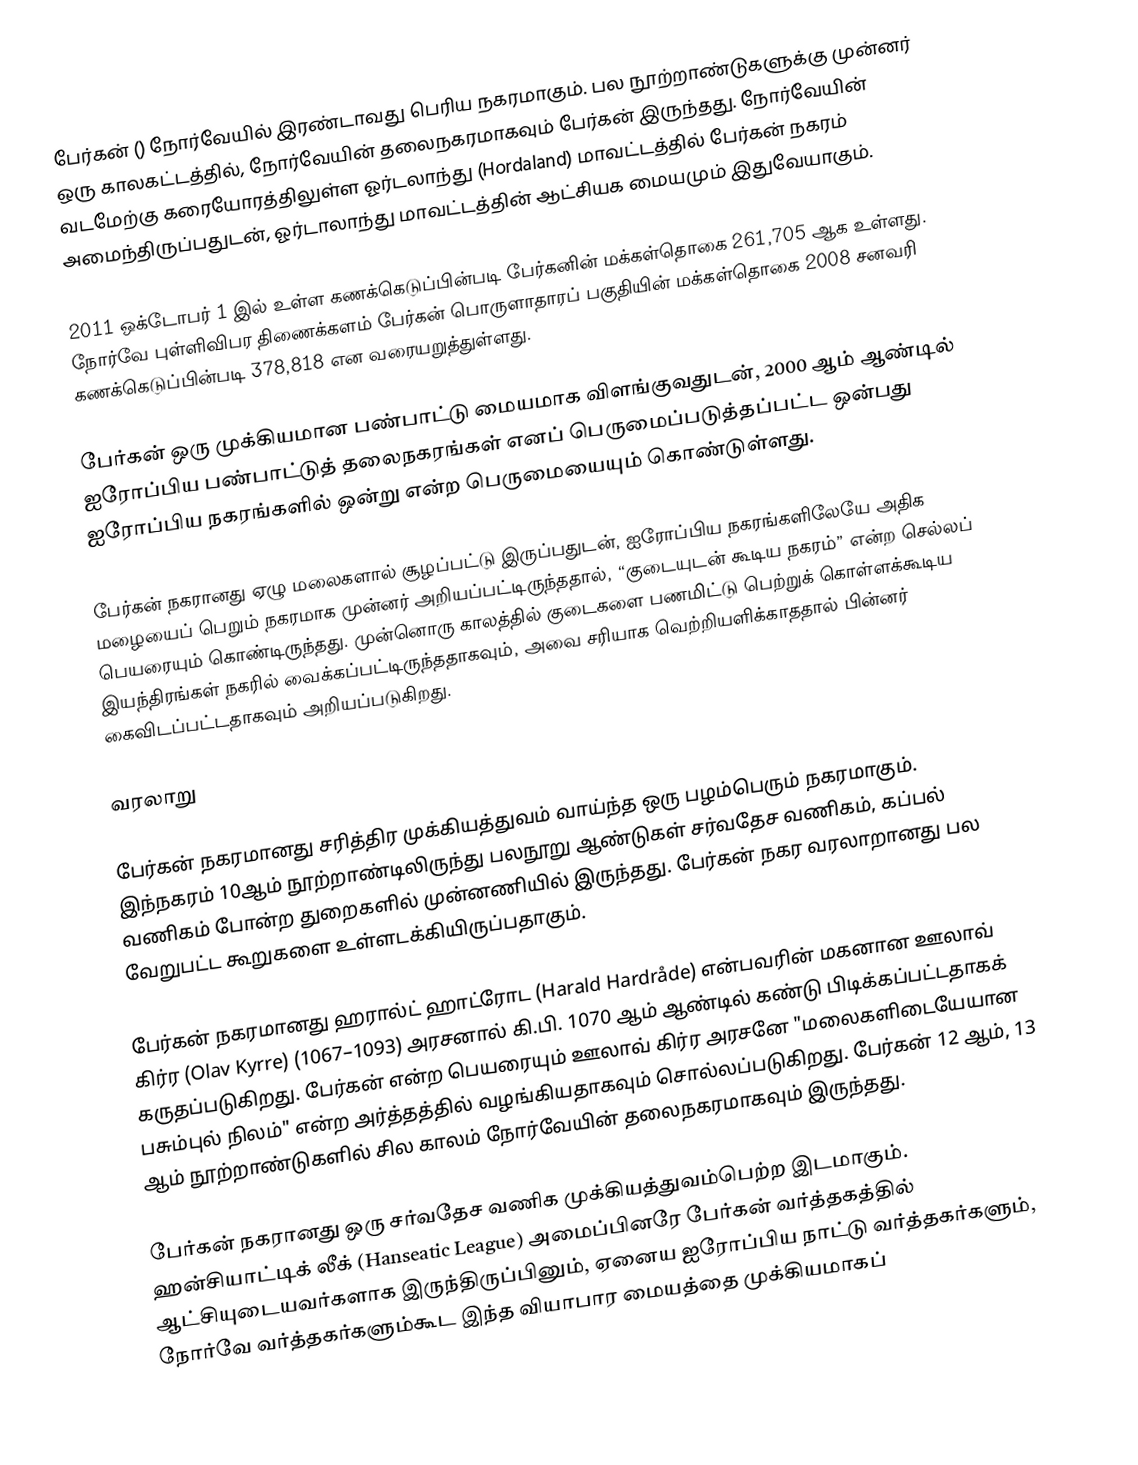
பேர்கன் () நோர்வேயில் இரண்டாவது பெரிய நகரமாகும். பல நூற்றாண்டுகளுக்கு முன்னர் ஒரு காலகட்டத்தில், நோர்வேயின் தலைநகரமாகவும் பேர்கன் இருந்தது. நோர்வேயின் வடமேற்கு கரையோரத்திலுள்ள ஓர்டலாந்து (Hordaland) மாவட்டத்தில் பேர்கன் நகரம் அமைந்திருப்பதுடன், ஓர்டாலாந்து மாவட்டத்தின் ஆட்சியக மையமும் இதுவேயாகும்.

2011 ஒக்டோபர் 1 இல் உள்ள கணக்கெடுப்பின்படி பேர்கனின் மக்கள்தொகை 261,705 ஆக உள்ளது. நோர்வே புள்ளிவிபர திணைக்களம் பேர்கன் பொருளாதாரப் பகுதியின் மக்கள்தொகை 2008 சனவரி கணக்கெடுப்பின்படி 378,818 என வரையறுத்துள்ளது.

பேர்கன் ஒரு முக்கியமான பண்பாட்டு மையமாக விளங்குவதுடன், 2000 ஆம் ஆண்டில் ஐரோப்பிய பண்பாட்டுத் தலைநகரங்கள் எனப் பெருமைப்படுத்தப்பட்ட ஒன்பது ஐரோப்பிய நகரங்களில் ஒன்று என்ற பெருமையையும் கொண்டுள்ளது.

பேர்கன் நகரானது ஏழு மலைகளால் சூழப்பட்டு இருப்பதுடன், ஐரோப்பிய நகரங்களிலேயே அதிக மழையைப் பெறும் நகரமாக முன்னர் அறியப்பட்டிருந்ததால், “குடையுடன் கூடிய நகரம்” என்ற செல்லப் பெயரையும் கொண்டிருந்தது. முன்னொரு காலத்தில் குடைகளை பணமிட்டு பெற்றுக் கொள்ளக்கூடிய இயந்திரங்கள் நகரில் வைக்கப்பட்டிருந்ததாகவும், அவை சரியாக வெற்றியளிக்காததால் பின்னர் கைவிடப்பட்டதாகவும் அறியப்படுகிறது.

வரலாறு

பேர்கன் நகரமானது சரித்திர முக்கியத்துவம் வாய்ந்த ஒரு பழம்பெரும் நகரமாகும். இந்நகரம் 10ஆம் நூற்றாண்டிலிருந்து பலநூறு ஆண்டுகள் சர்வதேச வணிகம், கப்பல் வணிகம் போன்ற துறைகளில் முன்னணியில் இருந்தது. பேர்கன் நகர வரலாறானது பல வேறுபட்ட கூறுகளை உள்ளடக்கியிருப்பதாகும்.

பேர்கன் நகரமானது ஹரால்ட் ஹாட்ரோட (Harald Hardråde) என்பவரின் மகனான ஊலாவ் கிர்ர (Olav Kyrre) (1067–1093) அரசனால் கி.பி. 1070 ஆம் ஆண்டில் கண்டு பிடிக்கப்பட்டதாகக் கருதப்படுகிறது. பேர்கன் என்ற பெயரையும் ஊலாவ் கிர்ர அரசனே "மலைகளிடையேயான பசும்புல் நிலம்" என்ற அர்த்தத்தில் வழங்கியதாகவும் சொல்லப்படுகிறது. பேர்கன் 12 ஆம், 13 ஆம் நூற்றாண்டுகளில் சில காலம் நோர்வேயின் தலைநகரமாகவும் இருந்தது.

பேர்கன் நகரானது ஒரு சர்வதேச வணிக முக்கியத்துவம்பெற்ற இடமாகும். ஹன்சியாட்டிக் லீக் (Hanseatic League) அமைப்பினரே பேர்கன் வர்த்தகத்தில் ஆட்சியுடையவர்களாக இருந்திருப்பினும், ஏனைய ஐரோப்பிய நாட்டு வர்த்தகர்களும், நோர்வே வர்த்தகர்களும்கூட இந்த வியாபார மையத்தை முக்கியமாகப்